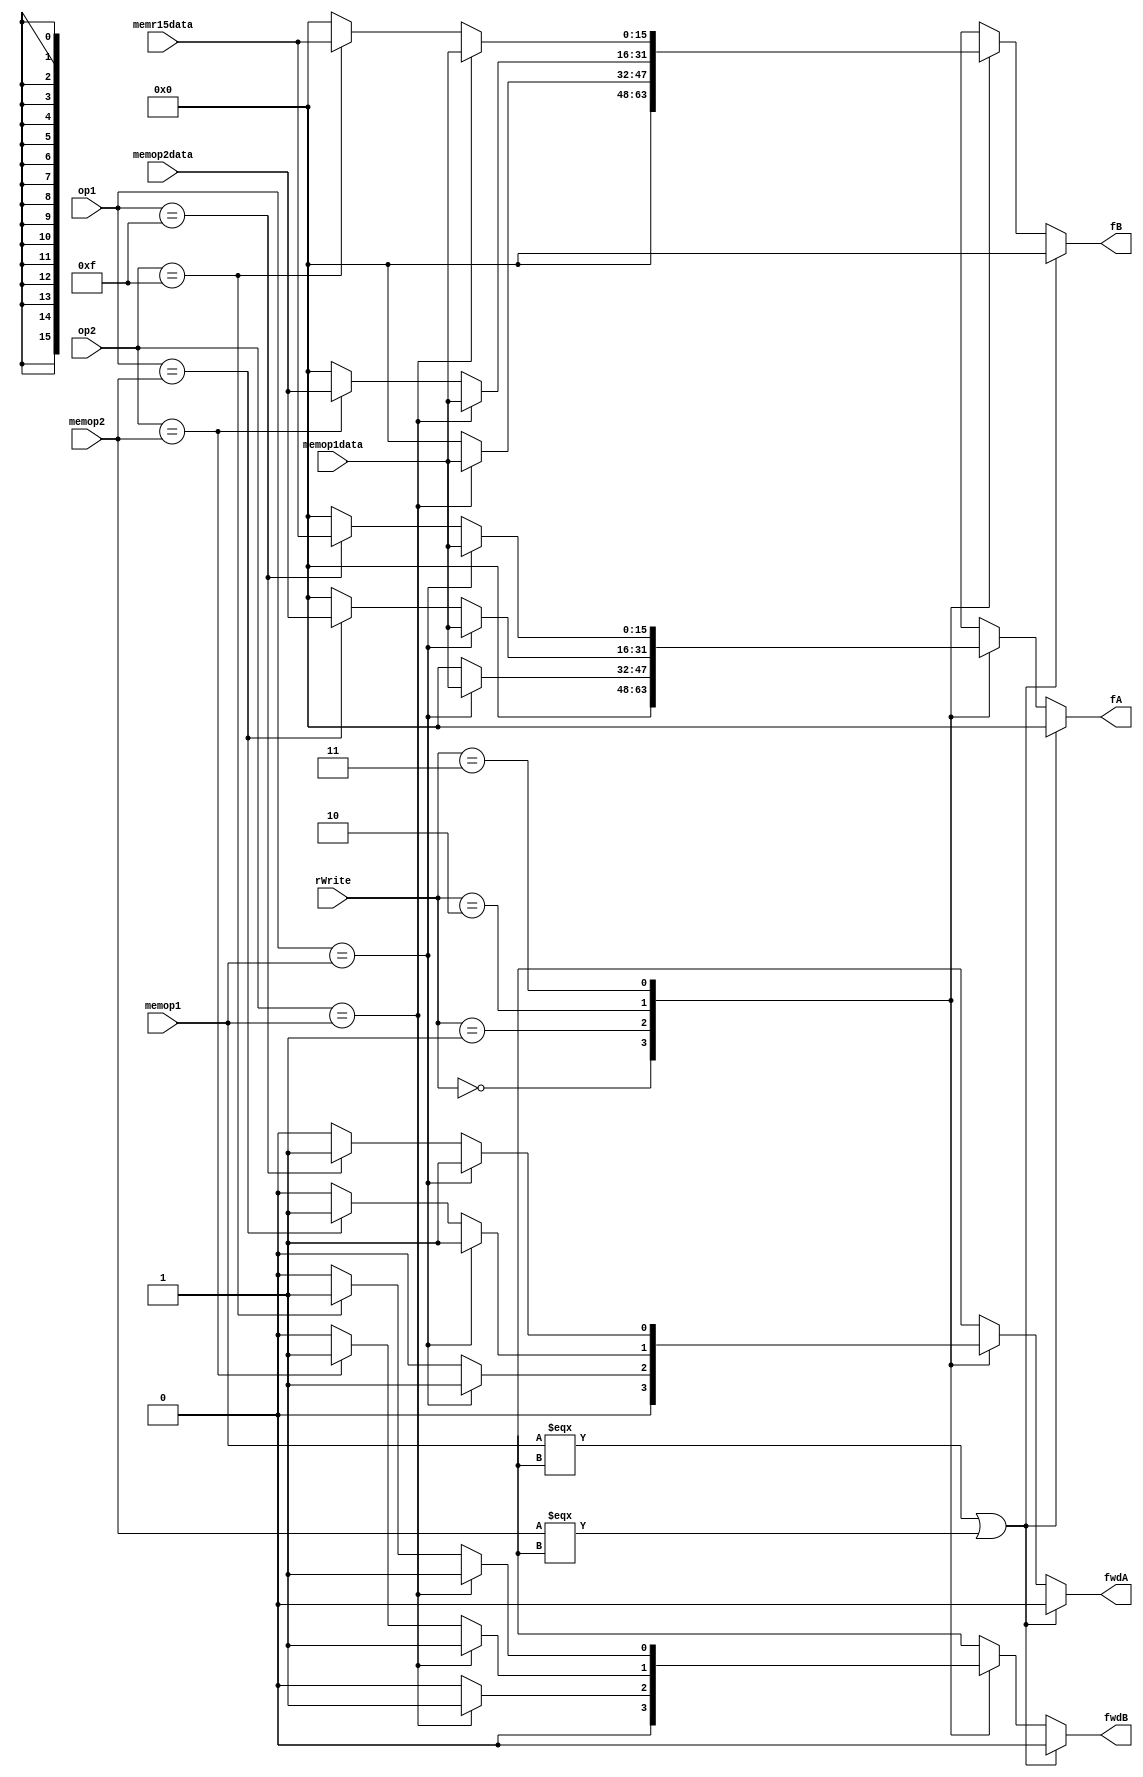
/*
 * Module by Chase Jones
 */

module forwardingUnit(
	input [3:0] op1, op2, memop1, memop2, 
	input [15:0] memop1data, memop2data, memr15data,
	input [1:0] rWrite,

	output reg [15:0] fA, fB,
	output reg fwdA, fwdB
);

always@(*)
begin
	fwdA = 0;
	fwdB = 0;
	fA = 0;
	fB = 0;
	
	if(memop1 === 1'bx || memop2 === 1'bx)
	begin
		fwdA <= 0;
		fwdB <= 0;
		fA <= 0;
		fB <= 0;
	end
	
	else
	begin
	case(rWrite)

	2'b00: begin
		fA = 0;
		fB = 0;
	end
	
	2'b01: begin
		if(op1 == memop1)
		begin
			fwdA = 1;
			fA = memop1data;
		end
		if (op2 == memop1)
		begin
			fwdB = 1;
			fB = memop1data;
		end
	end

	2'b10: begin 
		// forward for first op
		if(op1 == memop1)
		begin
			fwdA = 1;
			fA = memop1data;
		end

		else if(op1 == memop2)
		begin
			fwdA = 1;
			fA = memop2data;
		end
		
		// forward for second op
		if (op2 == memop1)
		begin
			fwdB = 1;
			fB = memop1data;
		end

		else if (op2 == memop2)
		begin
			fwdB = 1;
			fB = memop2data;
		end
	end

	2'b11: begin 
		// forward for first op
		if(op1 == memop1)
		begin
			fwdA = 1;
			fA = memop1data;
		end

		else if(op1 == 15)
		begin
			fwdA = 1;
			fA = memr15data;
		end
		
		// forward for second op
		if (op2 == memop1)
		begin
			fwdB = 1;
			fB = memop1data;
		end

		else if (op2 == 15)
		begin
			fwdB = 1;
			fB = memr15data;
		end
	end

	endcase
	end

end

endmodule